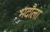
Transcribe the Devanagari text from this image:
भदौला